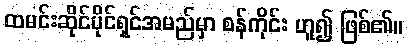
ထမင်းဆိုင်ပိုင်ရှင်အမည်မှာ စန်ကိုင်း ဟူ၍ ဖြစ်၏။